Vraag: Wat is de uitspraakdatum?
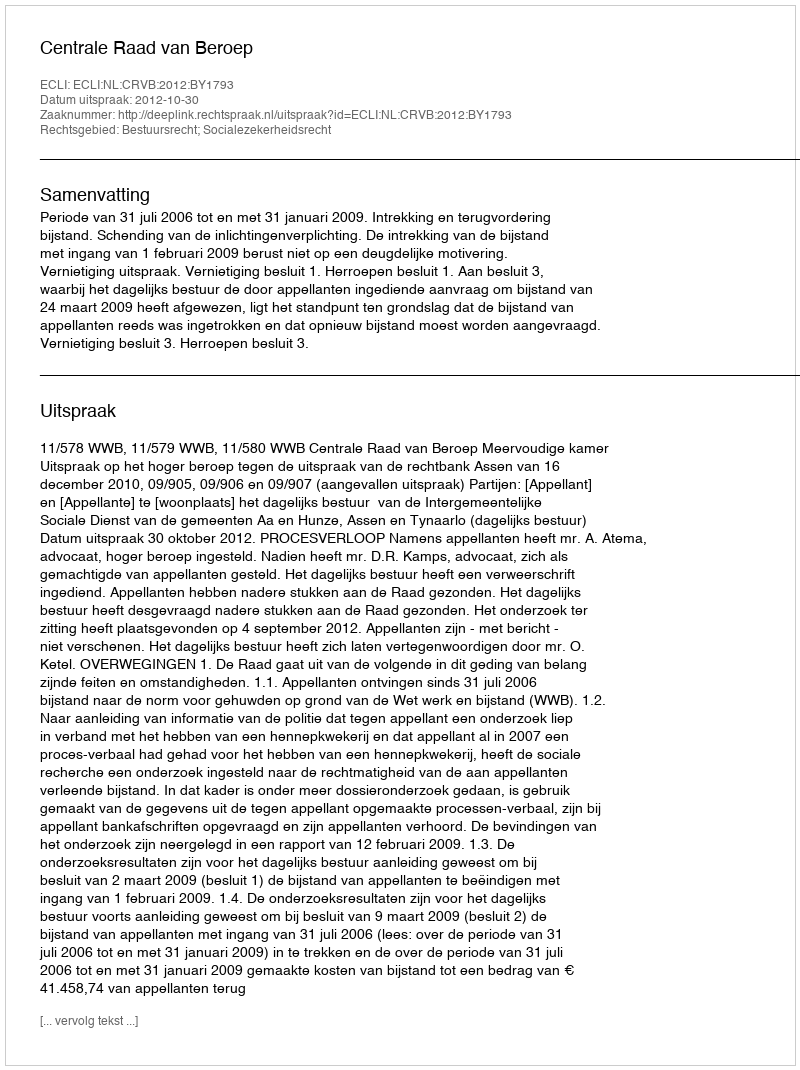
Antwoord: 2012-10-30